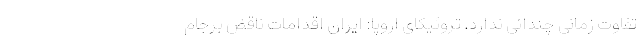
تفاوت زمانی چندانی ندارد. تروئیکای اروپا: ایران اقدامات ناقض برجام